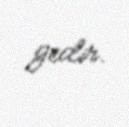
gedir.